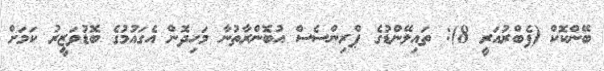
ބޭންކޮކް (ފެބްރުއަރީ 8): ތައިލޭންޑުގެ ޕްރިންސެސް އުބޮންރާތުނާ މަހިދޮން އެގައުމުގެ ބޮޑުވަޒީރު ކަމަށް